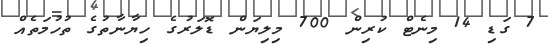
7 ގަޑި 14 މިނެޓް ކުރިން 700 މިލިޔަން ޑޮލަރުގެ ހިޔާނާތުގެ ތުހުމަތެއް